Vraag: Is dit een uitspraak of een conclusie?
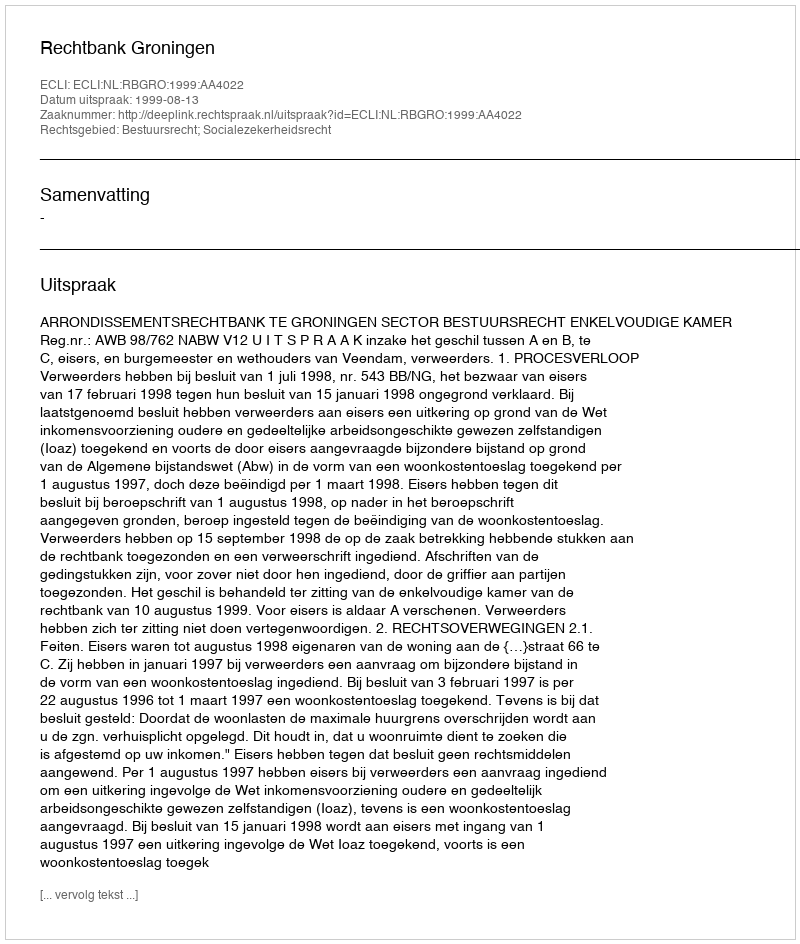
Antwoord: Uitspraak